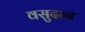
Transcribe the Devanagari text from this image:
वसुदान